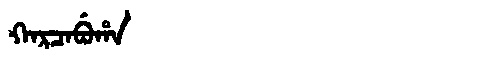
Manchu: ᡴᠠᡵᠴᠠᠪᡠᡥᠠ
Romanization: KARCABUHA